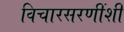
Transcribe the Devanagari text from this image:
विचारसरणींशी